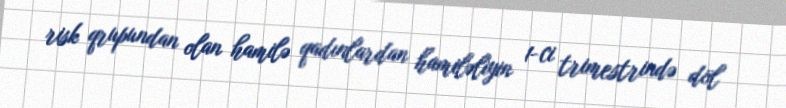
risk qrupundan olan hamilə qadınlardan hamiləliyin 1-ci trimestrində döl